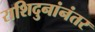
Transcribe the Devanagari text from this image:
राशिदुनांनंतर